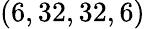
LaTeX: (6,32,32,6)